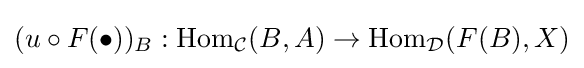
(u\circ F(\bullet ))_{B}:{\text{Hom}}_{\mathcal {C}}(B,A)\to {\text{Hom}}_{\mathcal {D}}(F(B),X)